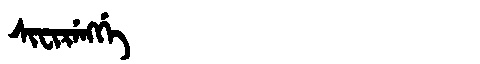
Manchu: ᠰᡳᠸᡳᡵᡝᠩᡤᡝ
Romanization: SIFIRENGGE